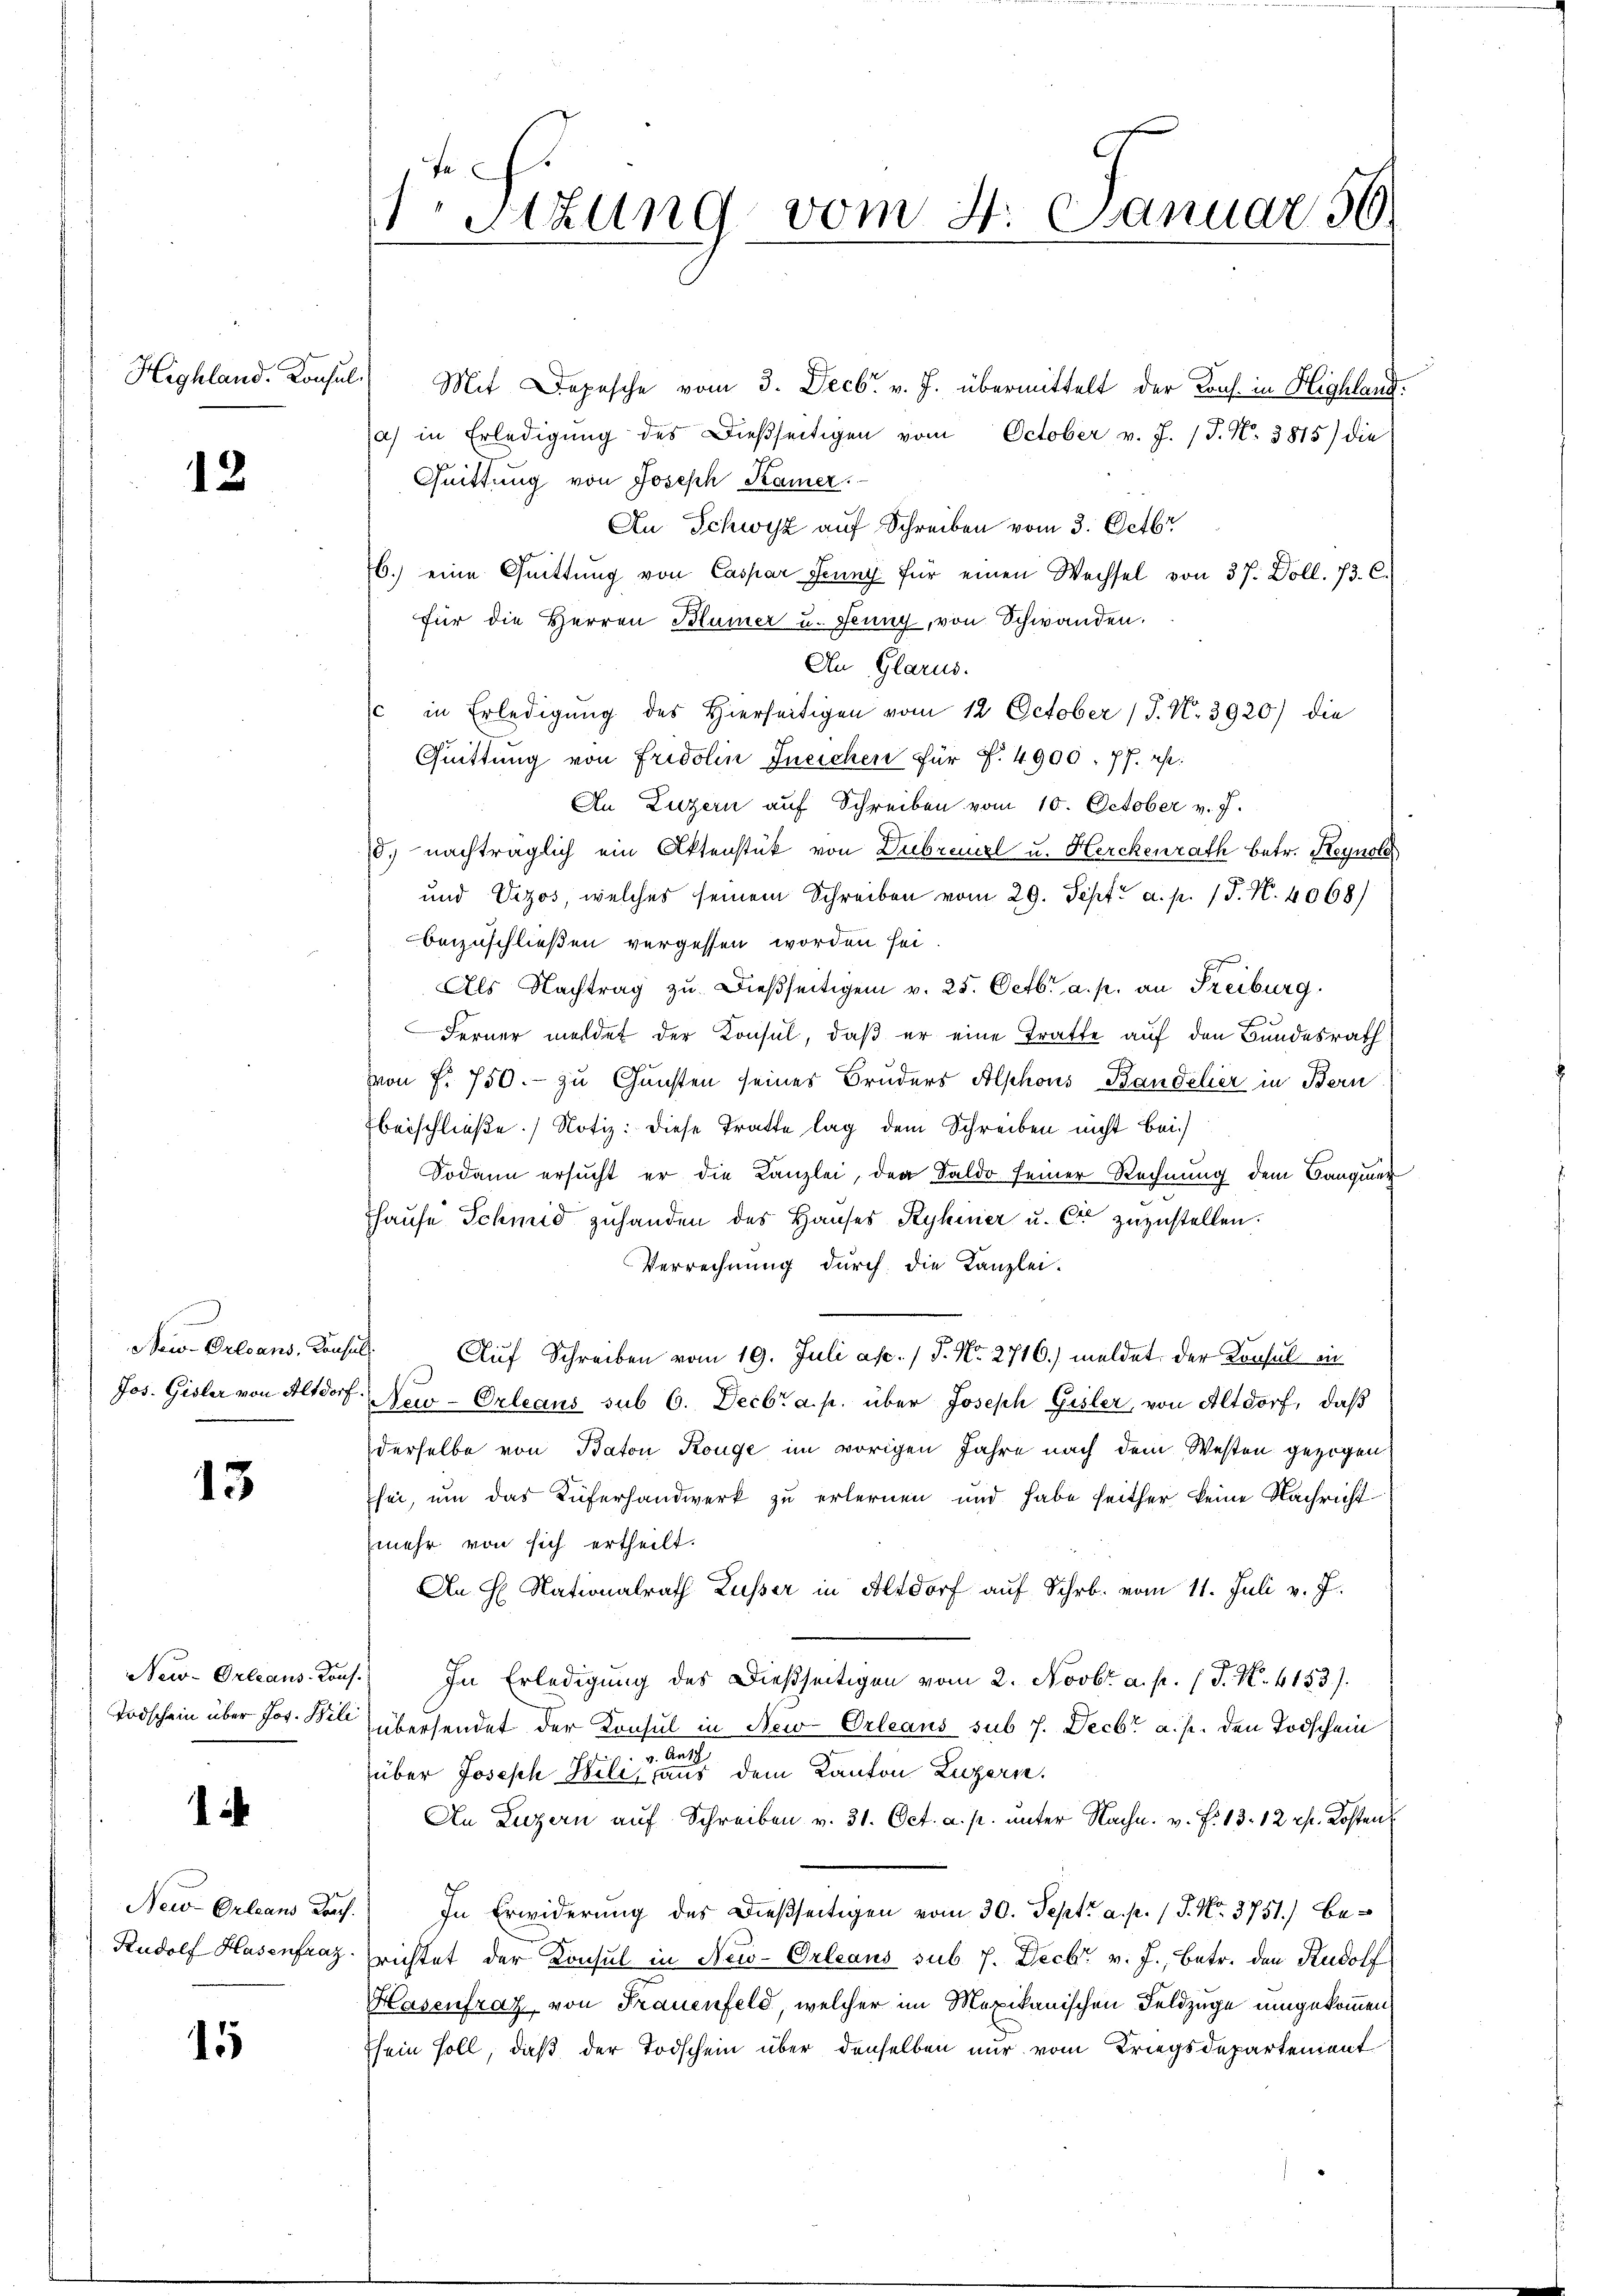
Highland. Konsul

12

New-Orleans, Consul

13

1

15

Stzung vom 4. Januar 56.

Mit Depesche vom 3. Decbr. v. J. übermittelt der Kons. in Highland.
a) in Erledigŭng des Dießseitigen vom October v. J. J. N. 3815) die
Quittung von Joseph Kamer.
An Schwyz auf Schreiben vom 3. Octbr
6.) eine Quittung von Caspar Jenny für einen Wechsel von 37. Doll. 73. C.
für die Herren Blümer u. stung, von Schwanden.
An Glarus.
c in Erledigung des Hierseitigen vom 12. October (T. N. 3920) die
Quittung von Fridolin Ineichen für f. 4900. 77. ist:
An Luzern auf Schreiben vom 10. October v. J.
d. nachträglich ein Aktenstük von Dubreuzl u. Herckenrath betr. Reynole
und Vezos, welches seinem Schreiben vom 29. Sept. a. p. 1 S. N. 4068)
beizuschließen vergessen worden sei.
Als Nachtrag zu dießseitigen v. 25. Octbr. a. p. an Freiburg
Ferner meldet der Konsul, daß er eine Tratte auf den Bundesrath
von f. 750.- zu Gunsten seines Bruders Alphons Bandelier in Bern
beischließe.) Notiz: diese Tratte lag dem Schreiben nicht bei.
Sodann ersucht er die Kanzlei, den Saldo seiner Rechnung dem Bangier
fhause Schmid zuhanden des Hauses Ryhier u. Cr zuzustellen.
Verrechnung durch die Kanzlei-
Auf Schreiben vom 19. Juli asc. / 5. No. 2716) meldet. Der Konsul ein
Jos. Gisler von Altdorf New-Orleans sub 6. Decbr. a. p. über Joseph Gisler, von Altdorf, daß
derselbe von Baton Konge im vorigen Jahre nach dem Westen gezogen
sei, um das Küferhandwerk zu erlernen und habe seither keine Nachricht
mehr von sich ertheilt.
An H. Nationalrath Lusser in Altdorf auf Schr. vom 11. Juli v. J.
New-Orleans Kons. In Erledigung des Dießseitigen vom 2. Novbr. a. p. (T. N. 4153).
Todschein über Jos. Bell übersendet der Konsul in New-Orleans sub 7. Decbr a. p. den Todschein

über Joseph Wili, aus dem Kanton Luzern,
An Luzern auf Schreiben v. 31. Oct. a. p. unter Nachn. v. F. 13. 12 Rp. Kosten
Neu Orleans darf. In Erwiderung des Dießseitigen vom 30. Sept. a. p. 1 S. Nr. 3751) be¬
Rudolf Hasenfraz richtet der Konsul in New-Orleaus sub 7. Decbr. v. J., betr. den Rudolf
Hasenfrag von Frauenfeld, welcher im Mexikanischen Feldzüge umgekommen,
sein soll, daß der Todschein über denselben nur vom Kriegsdepartement